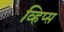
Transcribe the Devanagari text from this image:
व्हिप्स